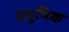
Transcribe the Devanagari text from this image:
प्रदूषिक